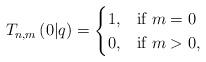
LaTeX: \begin{align*}T_{n,m}\left(0|q\right)=\begin{cases}1, & \mbox{if }m=0\\0, & \mbox{if }m>0,\end{cases}\end{align*}